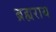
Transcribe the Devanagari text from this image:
ब्रह्यराय